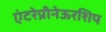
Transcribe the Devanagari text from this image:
एंटरेप्रीनेऊरशिप